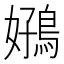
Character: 𫚻